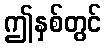
ဤနှစ်တွင်